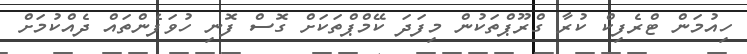
ހިއުމަން ޓްރެފިކް ކުރާ ގްރޫޕްތަކުން މިފަދަ ކޭމްޕްތަކަށް ގޮސް ފޮނި ހުވަފެންތައް ދެއްކުމަށް